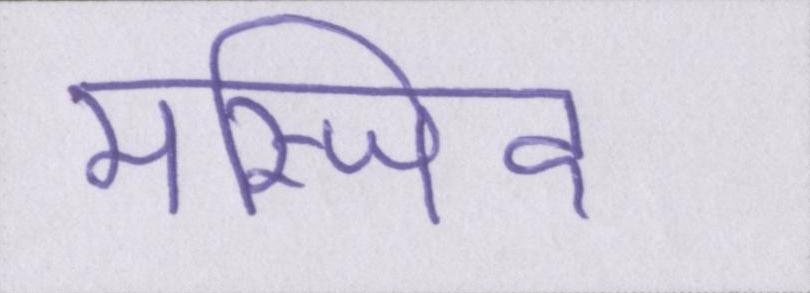
मस्जिद